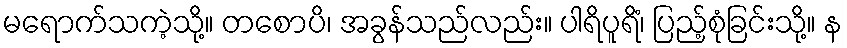
မရောက်သကဲ့သို့။ တစောပိ၊ အခွန်သည်လည်း။ ပါရိပူရိံ၊ ပြည့်စုံခြင်းသို့။ န